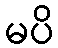
မပိ